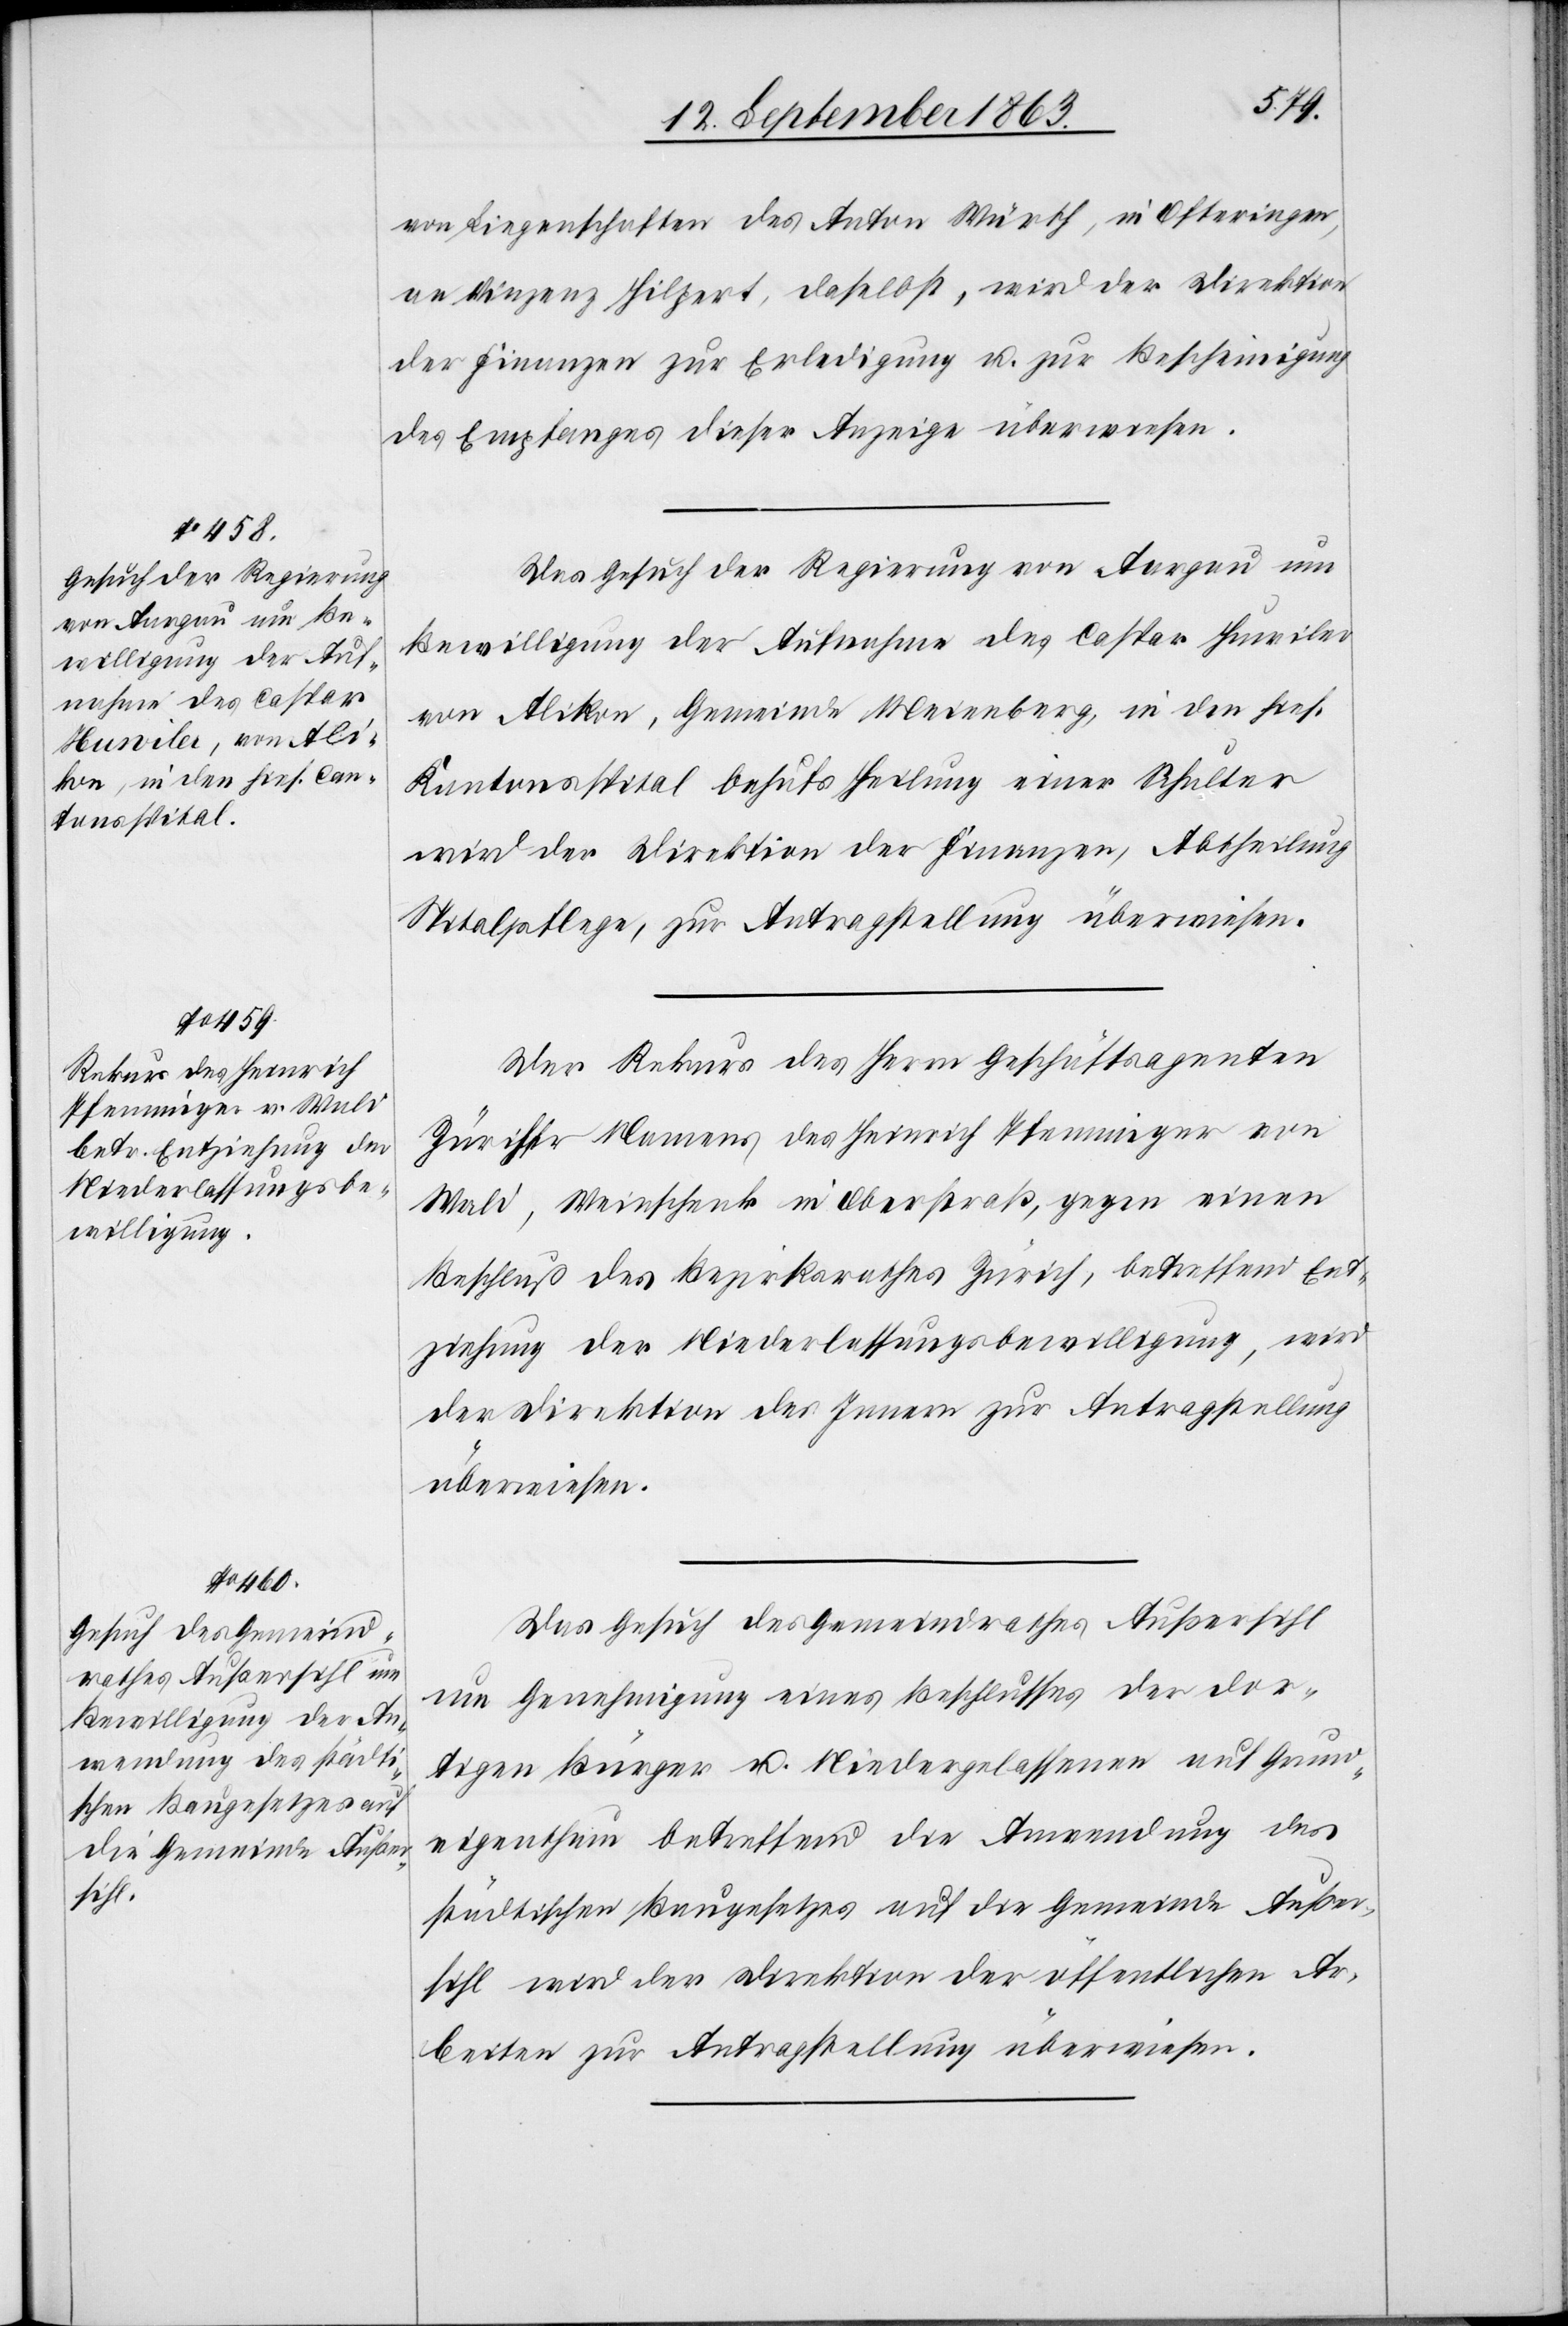
17. September 1863.]
von Liegenschaften des Anton Würsch, in Ofteringen,
an Vinzenz Hilpert, daselbst, wird der Direktion
der Finanzen zur Erledigung u. zur Bescheinigung
des Empfanges dieser Anzeige überwiesen.
Das Gesuch der Regierung von Aargau um
Bewilligung der Aufnahme des Caspar Huwiler
von Alikon, Gemeinde Meienberg, in den hies.
Kantonsspital behufs Heilung einer Schulter
wird der Direktion der Finanzen, Abtheilung
Spitalpflege, zur Antragstellung überwiesen.
Der Rekurs des Herrn Geschäftsagenten
Züriher Namens des Heinrich Pfenninger von
Wald, Weinschenk in Oberstraß, gegen einen
Beschluß des Bezirksrathes Zürich, betreffend Ent¬
ziehung der Niederlassungsbewilligung, wird
der Direktion des Innern zur Antragstellung
überwiesen.
Das Gesuch des Gemeindrathes Außersihl
um Genehmigung eines Beschlusses der dor¬
tigen Bürger u. Niedergelassenen auf Grund¬
eigenthum betreffend die Anwendung des
städtischen Baugesetzes auf die Gemeinde Außer¬
sihl wird der Direktion der öffentlichen Ar¬
beiten zur Antragstellung überwiesen.